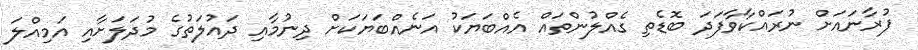
ފުރާނައަށް ނުރައްކާވާފަދަ ބޮޑެތި ގެއްލުންތައް އެއްބަޔަކު އަނެއްބަޔަކަށް ދިނުމާއި ދައުލަތުގެ މުދަލަށާއި އަމިއްލަ